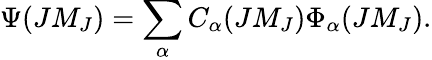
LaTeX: \Psi(JM_{J})=\sum_{\alpha}C_{\alpha}(JM_{J})\Phi_{\alpha}(JM_{J}).